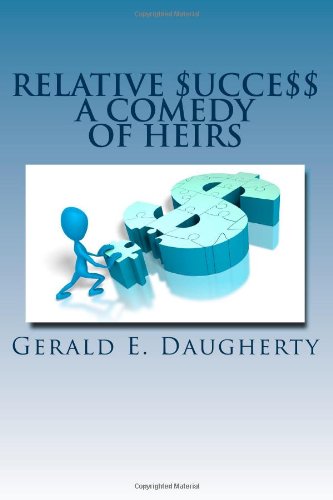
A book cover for Relative $ucce$$: A Comedy Of Heirs; Mr. Gerald E. Daugherty; Law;